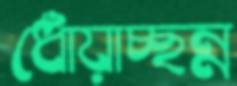
ধোঁয়াচ্ছন্ন